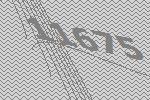
11675